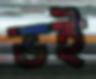
ভই